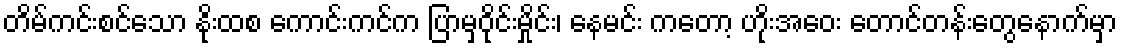
တိမ်ကင်းစင်သော နိုးထစ ကောင်းကင်က ပြာမှဝိုင်းမှိုင်း၊ နေမင်း ကတော့ ဟိုးအဝေး တောင်တန်းတွေနောက်မှာ